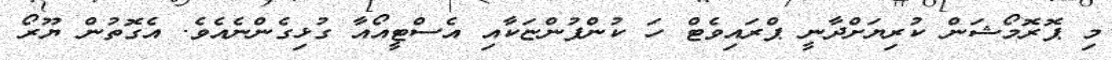
މި ޕޮރޮމޯޝަން ކުރިޔަށްދާނީ ޕްރައިވެޓް ހަ ކުންފުންޏަކާއި އެސްޓީއޯއާ ގުޅިގެންނެއެވެ. އެގޮތުން ޔޫރޯ